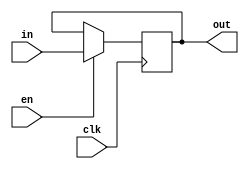
module register(out, in, clk, en);

	input [31:0] in;
	input clk,en;
	output reg [31:0] out;
	
	always @(posedge clk)
	begin
	  if(en) begin
		  	out <= in;
        end
	end
endmodule